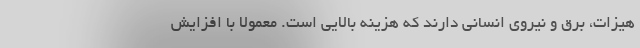
هیزات، برق و نیروی انسانی دارند که هزینه بالایی است. معمولا با افزایش